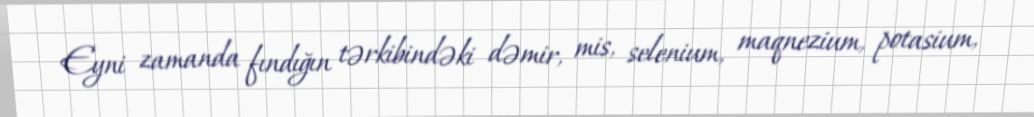
Eyni zamanda fındığın tərkibindəki dəmir, mis, selenium, maqnezium, potasium,